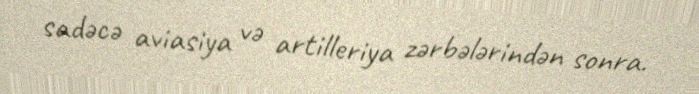
sadəcə aviasiya və artilleriya zərbələrindən sonra.